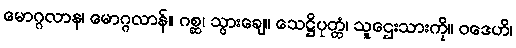
မောဂ္ဂလာန၊ မောဂ္ဂလာန်။ ဂစ္ဆ၊ သွားချေ။ သေဋ္ဌိပုတ္တံ၊ သူဌေးသားကို။ ဝဒေဟိ၊